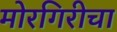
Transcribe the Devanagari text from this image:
मोरगिरीचा